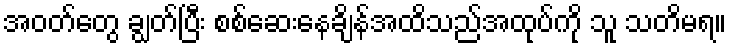
အဝတ်တွေ ချွတ်ပြီး စစ်ဆေးနေချိန်အထိသည်အထုပ်ကို သူ သတိမရ။